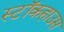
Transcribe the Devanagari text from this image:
स्टॉकहाउस